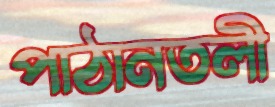
পাঠানতলী